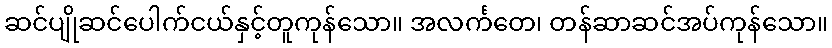
ဆင်ပျိုဆင်ပေါက်ငယ်နှင့်တူကုန်သော။ အလင်္ကတေ၊ တန်ဆာဆင်အပ်ကုန်သော။